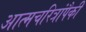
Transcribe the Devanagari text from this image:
आत्मचरित्रांपैकी